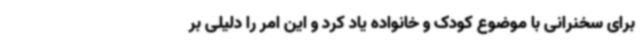
برای سخنرانی با موضوع کودک و خانواده یاد کرد و این امر را دلیلی بر